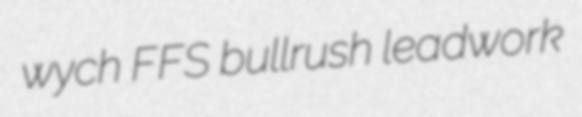
wych FFS bullrush leadwork